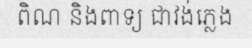
ពិណ និងពាទ្យ ជាវង់ភ្លេង